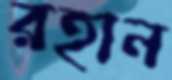
রহান